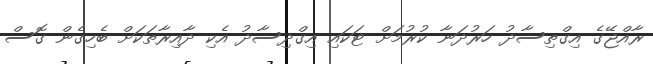
ރާއްޖޭގެ އިގްތިސާދު ހަރުދަނާ ކުރުމަށް ޓަކައި އިގްދިސާދު އެކި ދާއިރާތަކަށް ބެހިގެން ގޮސް